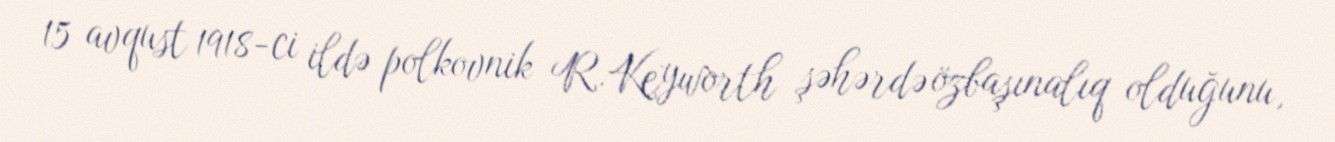
15 avqust 1918-ci ildə polkovnik R.Keyworth şəhərdə özbaşınalıq olduğunu,